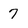
Character: 7